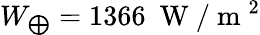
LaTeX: W_{\bigoplus}=1366~\mathrm{~W~}/\mathrm{~m~}^{2}